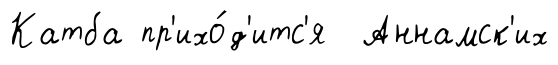
Катба пр'ихо́д'итс'я Аннамск'их